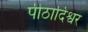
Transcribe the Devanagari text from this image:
पीठादिश्वर